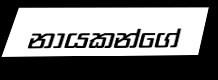
නායකන්ගේ